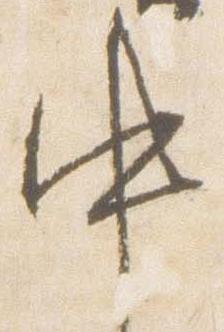
中